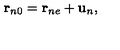
{ \bf r } _ { n 0 } = { \bf r } _ { n e } + { \bf u } _ { n } ,